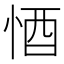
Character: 𱞙